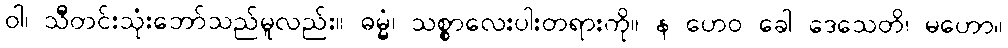
ဝါ၊ သိီတင်းသုံးဘော်သည်မူလည်း။ ဓမ္မံ၊ သစ္စာလေးပါးတရားကို။ န ဟေဝ ခေါ ဒေသေတိ၊ မဟော။